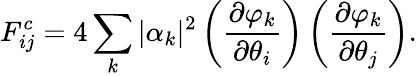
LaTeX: F_{ij}^{c}=4\sum_{k}|\alpha_{k}|^{2}\left(\frac{\partial\varphi_{k}}{\partial\theta_{i}}\right)\left(\frac{\partial\varphi_{k}}{\partial\theta_{j}}\right).